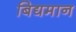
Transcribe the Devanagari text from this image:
बिद्यमान